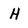
Character: H